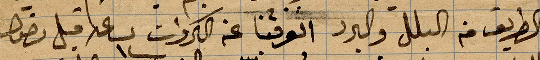
الطريق من البللب والبد انوفنا عن البردات الساعة ١٢ قبل ...